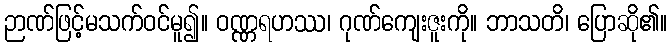
ဉာဏ်ဖြင့်မသက်ဝင်မူ၍။ ဝဏ္ဏရဟဿ၊ ဂုဏ်ကျေးဇူးကို။ ဘာသတိ၊ ပြောဆို၏။